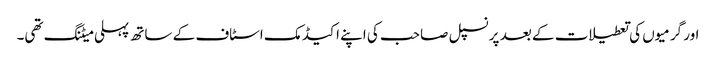
اور گرمیوں کی تعطیلات کے بعد پرنسپل صاحب کی اپنے اکیڈمک اسٹاف کے ساتھ پہلی میٹنگ تھی۔